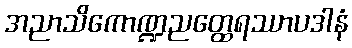
အညာသိကောဏ္ဍညတ္ထေရဿာပဒါနံ